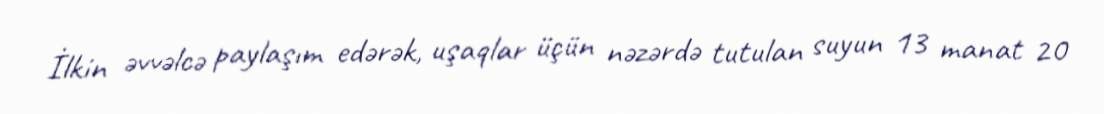
İlkin əvvəlcə paylaşım edərək, uşaqlar üçün nəzərdə tutulan suyun 13 manat 20